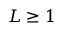
L \ge 1